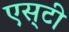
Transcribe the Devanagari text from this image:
एस्‌टी